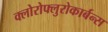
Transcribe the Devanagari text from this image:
क्लोरोफ्लुरोकार्बन्स